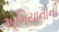
અભિયાનોની